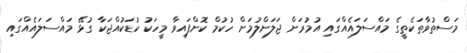
މަސްތުވާތަކެތީގެ މައްސަލައެއްގައި އުމުރަށް ޖަލަށްލުމަށް ހުކުމް ކޮށްފައިވާ މީހަކު ކުޑަކުއްޖަކާ ގުޅޭ މައްސަލައެއްގައި